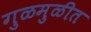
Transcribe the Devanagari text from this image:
गुळमुळीत